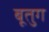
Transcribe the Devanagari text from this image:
बूतुग